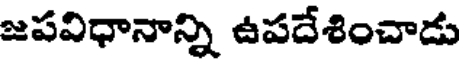
జపవిధానాన్ని ఉపదేశించాడు